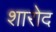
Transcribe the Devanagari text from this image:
शारोद